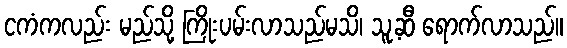
ငကံကလည်း မည်သို့ ကြိုးပမ်းလာသည်မသိ၊ သူ့ဆီ ရောက်လာသည်။